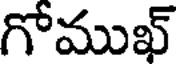
గోముఖ్